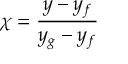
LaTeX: \chi = { \frac { y - y _ { f } } { y _ { g } - y _ { f } } }